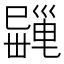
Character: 𢁎